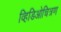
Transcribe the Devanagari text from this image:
व्हिडिओचित्रण